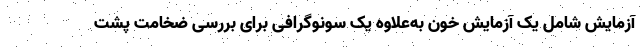
آزمایش شامل یک آزمایش خون به‌علاوه یک سونوگرافی برای بررسی ضخامت پشت